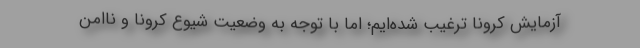
آزمایش کرونا ترغیب شده‌ایم؛ اما با توجه به وضعیت شیوع کرونا و ناامن